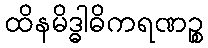
ထိနမိဒ္ဓါဓိကရဏဉ္စ